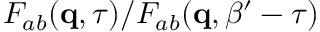
F _ { a b } ( { \bf q } , \tau ) / F _ { a b } ( { \bf q } , \beta ^ { \prime } - \tau )